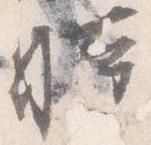
時